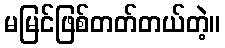
မမြင်ဖြစ်တတ်တယ်တဲ့။